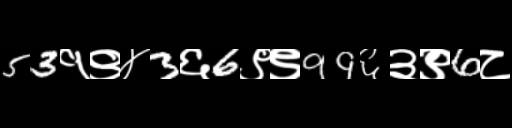
Text: 53१९४3६6९९99६३९6८